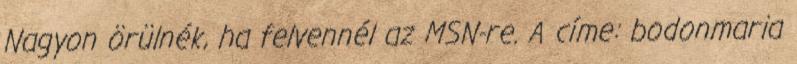
Nagyon örülnék, ha felvennél az MSN-re. A címe: bodonmaria